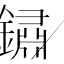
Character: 鏽